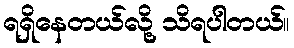
ရရှိနေတယ်လို့ သိရပါတယ်။